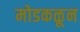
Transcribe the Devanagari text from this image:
मोडकळून